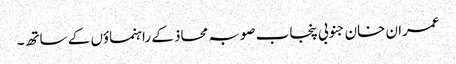
عمران خان جنوبی پنجاب صوبہ محاذ کے راہنماؤں کے ساتھ۔